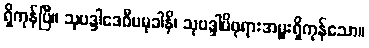
ရှိကုန်ပြီ။ သုဗဒ္ဒါဒေဝီပမုခါနိ၊ သုဗဒ္ဒါမိဖုရားအမှူးရှိကုန်သော။